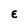
Character: E